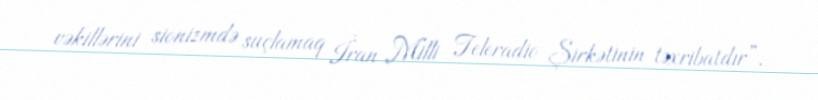
vəkillərini sionizmdə suçlamaq İran Milli Teleradio Şirkətinin təxribatdır”.